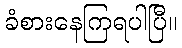
ခံစားနေကြရပါပြီ။